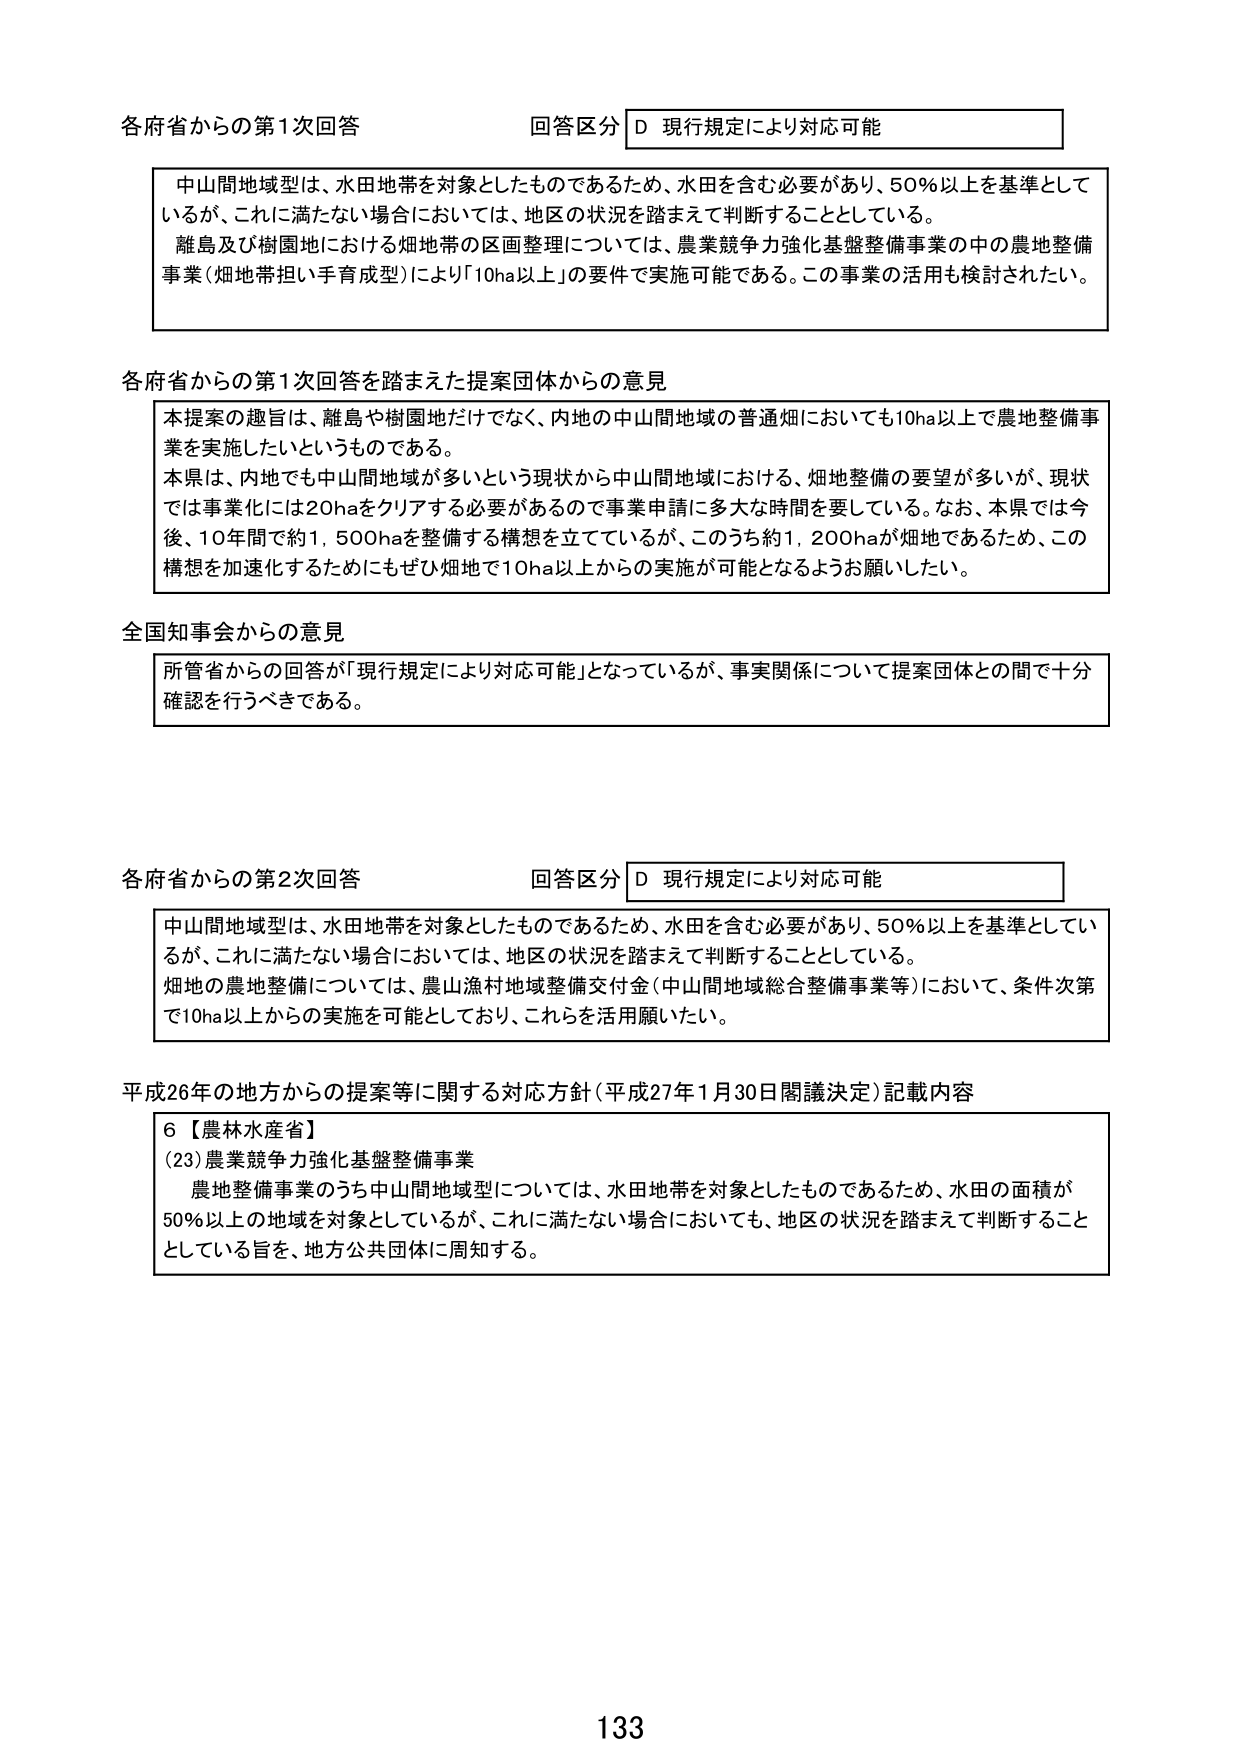
各府省からの第1次回答 回答区分 D 現行規定により対応可能

中山間地域型は、水田地帯を対象としたものであるため、水田を含む必要があり、50％以上を基準としているが、これに満たない場合においては、地区の状況を踏まえて判断することとしている。
離島及び樹園地における畑地帯の区画整理については、農業競争力強化基盤整備事業の中の農地整備事業（畑地帯担い手育成型）により「10ha以上」の要件で実施可能である。この事業の活用も検討されたい。

各府省からの第1次回答を踏まえた提案団体からの意見

本提案の趣旨は、離島や樹園地だけでなく、内地の中山間地域の普通畑においても10ha以上で農地整備事業を実施したいというものである。
本県は、内地でも中山間地域が多いという現状から中山間地域における、畑地整備の要望が多いが、現状では事業化には20haをクリアする必要があるため事業申請に多大な時間を要している。なお、本県では今後、10年間で約1,500haを整備する構想を立てているが、このうち約1,200haが畑地であるため、この構想を加速化するためにもぜひ畑地で10ha以上からの実施が可能となるようお願いしたい。

全国知事会からの意見

所管省からの回答が「現行規定により対応可能」となっているが、事実関係について提案団体との間で十分確認を行うべきである。

各府省からの第2次回答 回答区分 D 現行規定により対応可能

中山間地域型は、水田地帯を対象としたものであるため、水田を含む必要があり、50％以上を基準としているが、これに満たない場合においては、地区の状況を踏まえて判断することとしている。
畑地の農地整備については、農山漁村地域整備交付金（中山間地域総合整備事業等）において、条件次第で10ha以上からの実施を可能としており、これらを活用願いたい。

平成26年の地方からの提案等に関する対応方針（平成27年1月30日閣議決定）記載内容

6【農林水産省】
(23)農業競争力強化基盤整備事業
農地整備事業のうち中山間地域型については、水田地帯を対象としたものであるため、水田の面積が50％以上の地域を対象としているが、これに満たない場合においても、地区の状況を踏まえて判断することとしている旨を、地方公共団体に周知する。

133